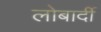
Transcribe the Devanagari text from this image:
लोबार्दी